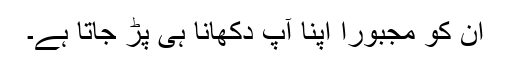
ان کو مجبوراً اپنا آپ دکھانا ہی پڑ جاتا ہے۔